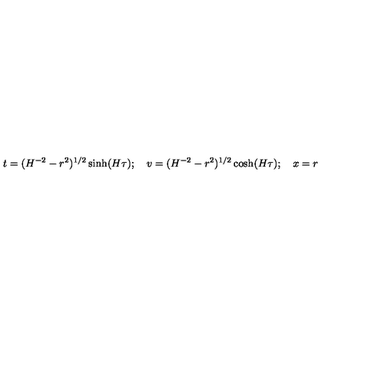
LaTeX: t = ( H ^ { - 2 } - r ^ { 2 } ) ^ { 1 / 2 } \sinh ( H \tau ) ; \quad v = ( H ^ { - 2 } - r ^ { 2 } ) ^ { 1 / 2 } \cosh ( H \tau ) ; \quad x = r